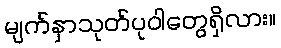
မျက်နှာသုတ်ပုဝါတွေရှိလား။